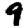
Digit: 9